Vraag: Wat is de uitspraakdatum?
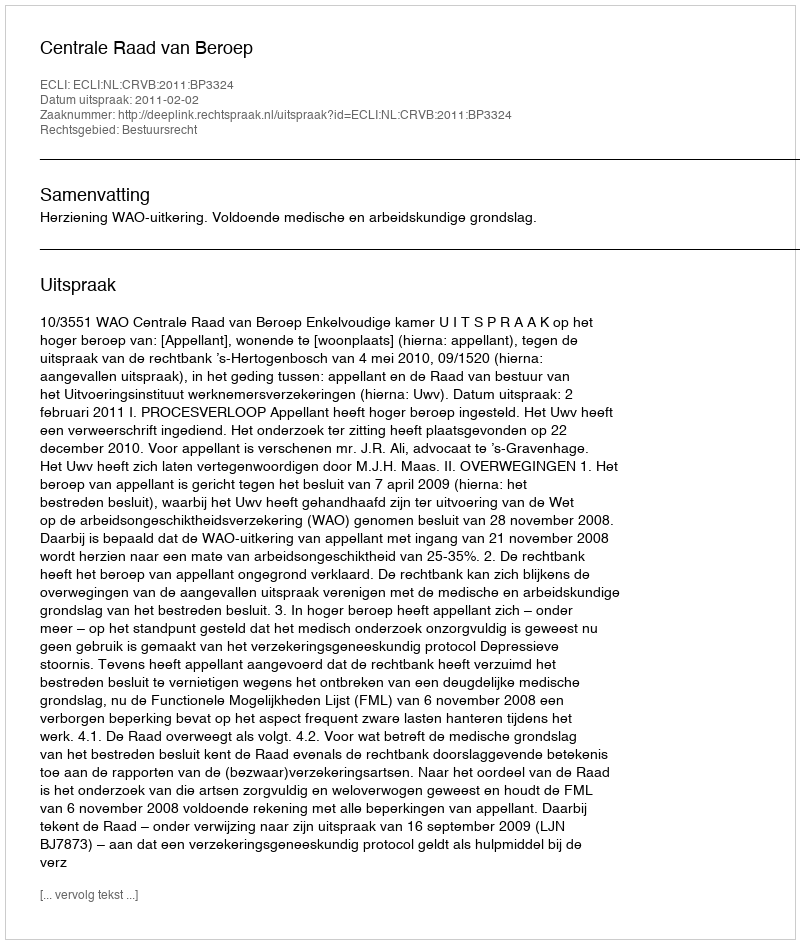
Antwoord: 2011-02-02